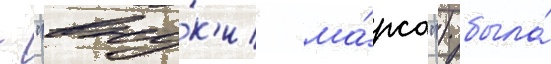
- "вну́к'и ма́рса") была́